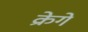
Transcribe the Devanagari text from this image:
क्रेगे